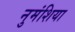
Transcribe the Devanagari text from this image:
नुमंशिया